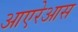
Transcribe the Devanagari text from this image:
आएरेआस